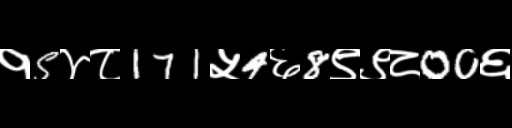
Text: १5४८171५4६8९९८00६